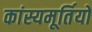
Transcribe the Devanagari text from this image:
कांस्यमूर्तियों